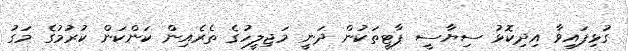
ގުޅިފައިވާ އިދިކޮޅު ސިޔާސީ ޕާޓީތަކުން ދަނީ މަޖިލީހުގެ ތެރެއިން ކަންކަން ކުރުމުގެ މަގު